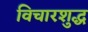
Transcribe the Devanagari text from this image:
विचारशुद्ध